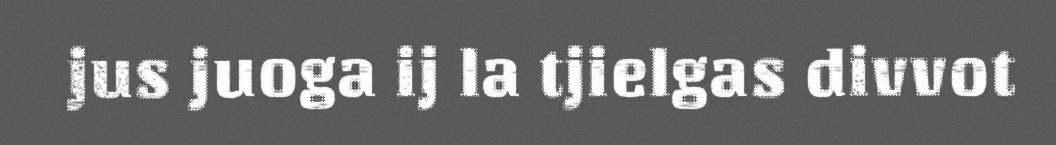
jus juoga ij la tjielgas divvot